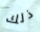
ذلك